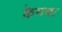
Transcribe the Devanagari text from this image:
केमचा